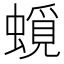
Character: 𧐎